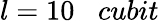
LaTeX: l=10\; \; \; cubit